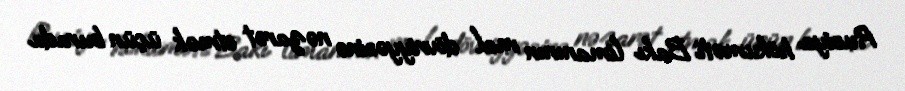
Rusiya hökuməti Bakı limanının mal dövriyyəsinə nəzarət etmək üçün burada